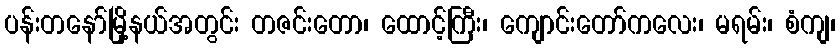
ပန်းတနော်မြို့နယ်အတွင်း တဇင်းတော၊ ထောင့်ကြီး၊ ကျောင်းတော်ကလေး၊ မရမ်း၊ စံကျ၊